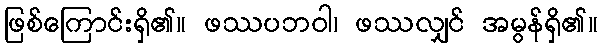
ဖြစ်ကြောင်းရှိ၏။ ဖဿပဘဝါ၊ ဖဿလျှင် အမွန်ရှိ၏။